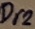
Text: Dr2